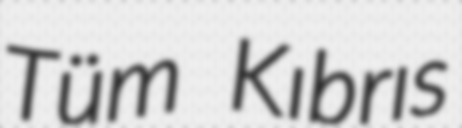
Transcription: Tüm Kıbrıs